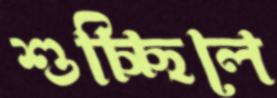
শুচ্ছিলে